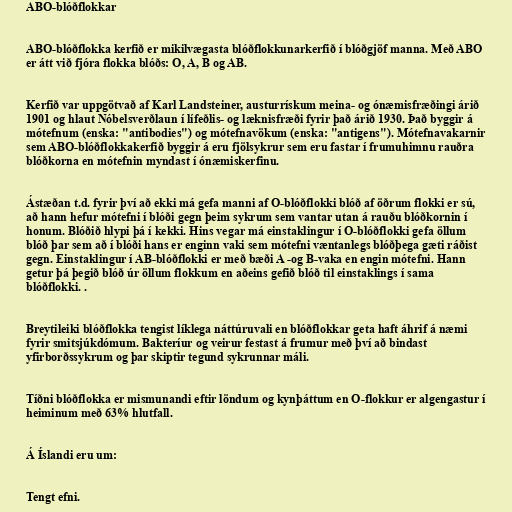
ABO-blóðflokkar

ABO-blóðflokka kerfið er mikilvægasta blóðflokkunarkerfið í blóðgjöf manna. Með ABO
er átt við fjóra flokka blóðs: O, A, B og AB.

Kerfið var uppgötvað af Karl Landsteiner, austurrískum meina- og ónæmisfræðingi árið
1901 og hlaut Nóbelsverðlaun í lífeðlis- og læknisfræði fyrir það árið 1930. Það byggir á
mótefnum (enska: "antibodies") og mótefnavökum (enska: "antigens"). Mótefnavakarnir
sem ABO-blóðflokkakerfið byggir á eru fjölsykrur sem eru fastar í frumuhimnu rauðra
blóðkorna en mótefnin myndast í ónæmiskerfinu.

Ástæðan t.d. fyrir því að ekki má gefa manni af O-blóðflokki blóð af öðrum flokki er sú,
að hann hefur mótefni í blóði gegn þeim sykrum sem vantar utan á rauðu blóðkornin í
honum. Blóðið hlypi þá í kekki. Hins vegar má einstaklingur í O-blóðflokki gefa öllum
blóð þar sem að í blóði hans er enginn vaki sem mótefni væntanlegs blóðþega gæti ráðist
gegn. Einstaklingur í AB-blóðflokki er með bæði A -og B-vaka en engin mótefni. Hann
getur þá þegið blóð úr öllum flokkum en aðeins gefið blóð til einstaklings í sama
blóðflokki. .

Breytileiki blóðflokka tengist líklega náttúruvali en blóðflokkar geta haft áhrif á næmi
fyrir smitsjúkdómum. Bakteríur og veirur festast á frumur með því að bindast
yfirborðssykrum og þar skiptir tegund sykrunnar máli.

Tíðni blóðflokka er mismunandi eftir löndum og kynþáttum en O-flokkur er algengastur í
heiminum með 63% hlutfall.

Á Íslandi eru um:

Tengt efni.